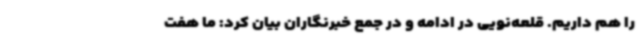
را هم داریم. قلعه‌نویی در ادامه و در جمع خبرنگاران بیان کرد: ما هفت